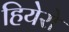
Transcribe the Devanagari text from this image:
हियेरो